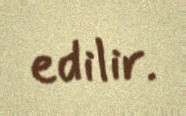
edilir.